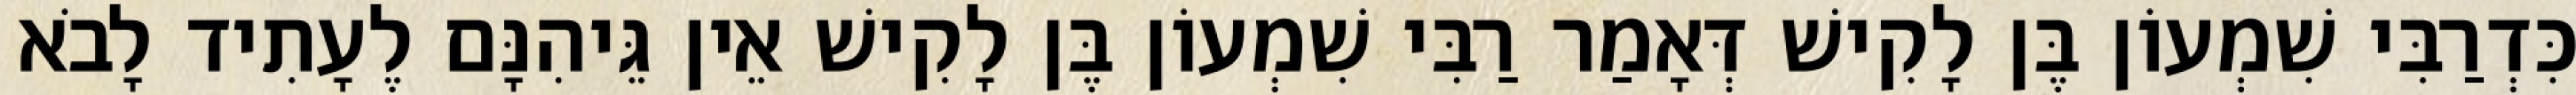
כִּדְרַבִּי שִׁמְעוֹן בֶּן לָקִישׁ דְּאָמַר רַבִּי שִׁמְעוֹן בֶּן לָקִישׁ אֵין גֵּיהִנָּם לֶעָתִיד לָבֹא